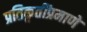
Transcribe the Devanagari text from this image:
प्रतिकृतींप्रमाणे